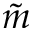
\tilde { m }